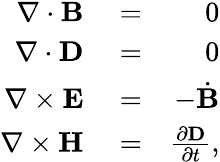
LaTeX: \begin{array}{rlr}{\nabla\cdot{\mathbf B}}&{{}=}&{0}\\ {\nabla\cdot{\mathbf D}}&{{}=}&{0}\\ {\nabla\times{\mathbf E}}&{{}=}&{-\dot{\mathbf B}}\\ {\nabla\times{\mathbf H}}&{{}=}&{\frac{\partial{\mathbf D}}{\partial t},}\end{array}